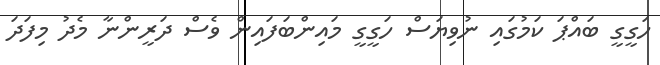
ހަގީގީ ބައްޕަ ކަމުގައި ނުވިޔަސް ހަގީގީ މައިންބަފައިން ވެސް ދަރީންނާ މެދު މިފަދަ